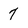
Character: 7